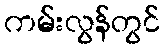
ကမ်းလွန်တွင်